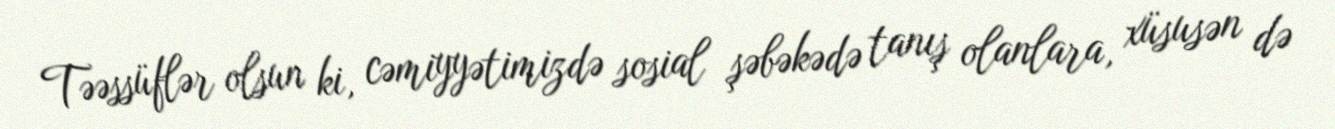
Təəssüflər olsun ki, cəmiyyətimizdə sosial şəbəkədə tanış olanlara, xüsusən də